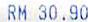
RM 30.90